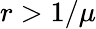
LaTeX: r>1/\mu